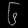
Digit: ၆